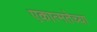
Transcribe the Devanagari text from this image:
एकात्मतेच्या